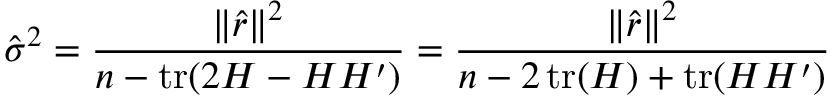
{ \hat { \sigma } } ^ { 2 } = { \frac { \| { \hat { r } } \| ^ { 2 } } { n - \operatorname { t r } ( 2 H - H H ^ { \prime } ) } } = { \frac { \| { \hat { r } } \| ^ { 2 } } { n - 2 \operatorname { t r } ( H ) + \operatorname { t r } ( H H ^ { \prime } ) } }